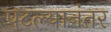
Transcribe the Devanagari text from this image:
पटल्यानंतर